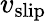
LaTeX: v_{\mathrm{slip}}